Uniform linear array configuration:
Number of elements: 32
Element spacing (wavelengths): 0.75
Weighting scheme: binomial
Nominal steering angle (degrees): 15
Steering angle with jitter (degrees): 13.2
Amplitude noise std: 0.05
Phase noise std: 0.05

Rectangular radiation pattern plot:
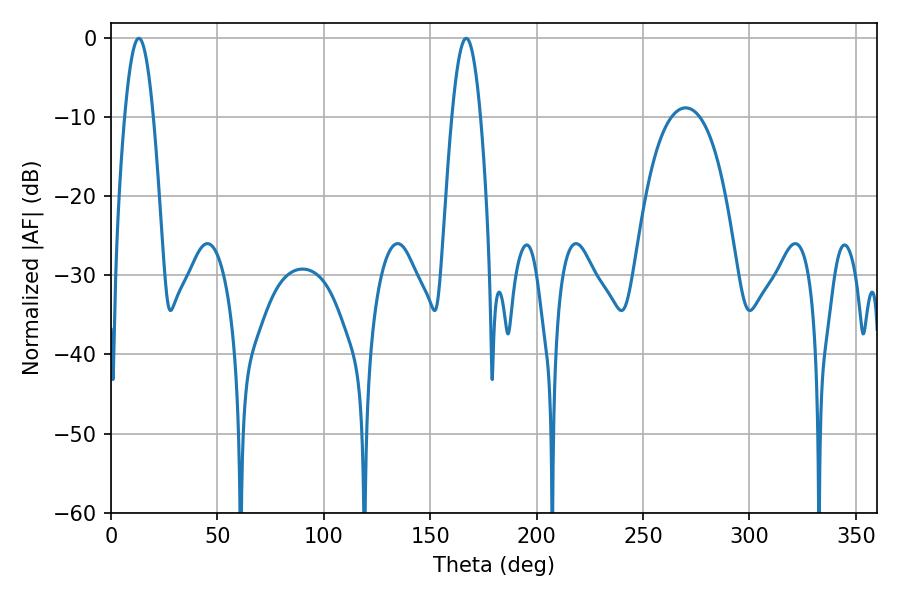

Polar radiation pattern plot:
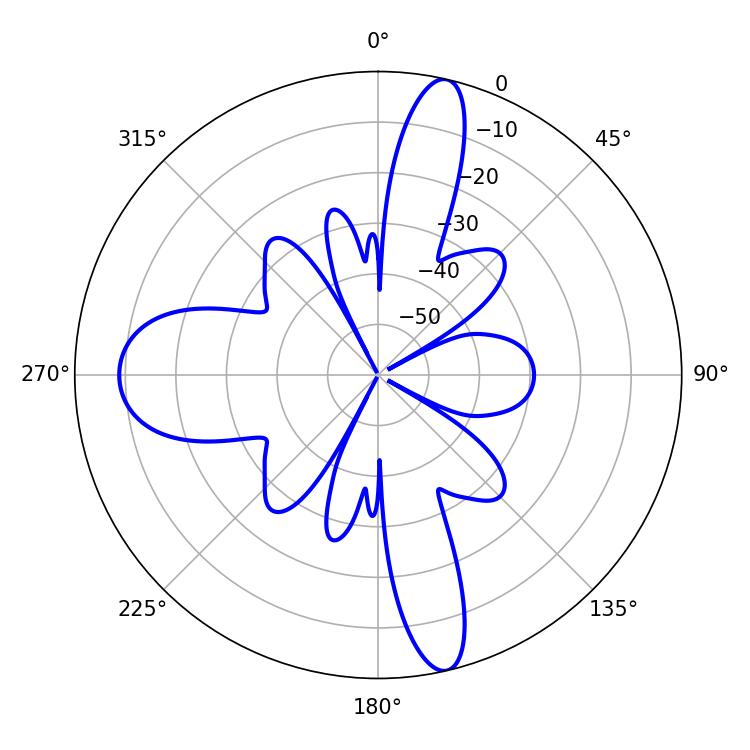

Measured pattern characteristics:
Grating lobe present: TRUE
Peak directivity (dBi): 21.645
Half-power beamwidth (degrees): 7.2
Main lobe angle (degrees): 166.86